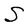
Character: S